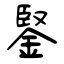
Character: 鋻